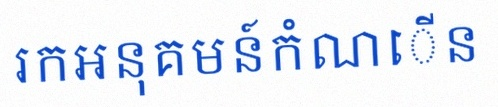
រកអនុគមន៍កំណើន